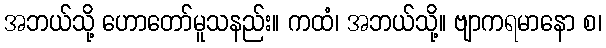
အဘယ်သို့ ဟောတော်မူသနည်း။ ကထံ၊ အဘယ်သို့။ ဗျာကရမာနော စ၊